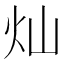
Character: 灿